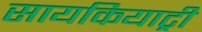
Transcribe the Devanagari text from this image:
सायकियाट्री